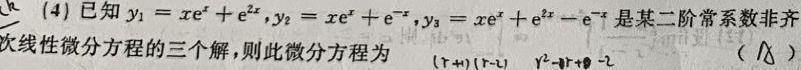
(4) 已知 \(y_1 = x e^{x}+e^{2x}\), \(y_2 = x e^{x}+e^{-x}\), \(y_3 = x e^{x}+e^{2x}-e^{-x}\) 是某二阶常系数非齐次线性微分方程的三个解，则此微分方程为  （  ）